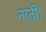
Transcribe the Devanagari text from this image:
नाती।